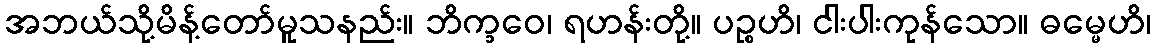
အဘယ်သို့မိန့်တော်မူသနည်း။ ဘိက္ခဝေ၊ ရဟန်းတို့။ ပဉ္စဟိ၊ ငါးပါးကုန်သော။ ဓမ္မေဟိ၊